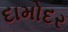
દામોદર